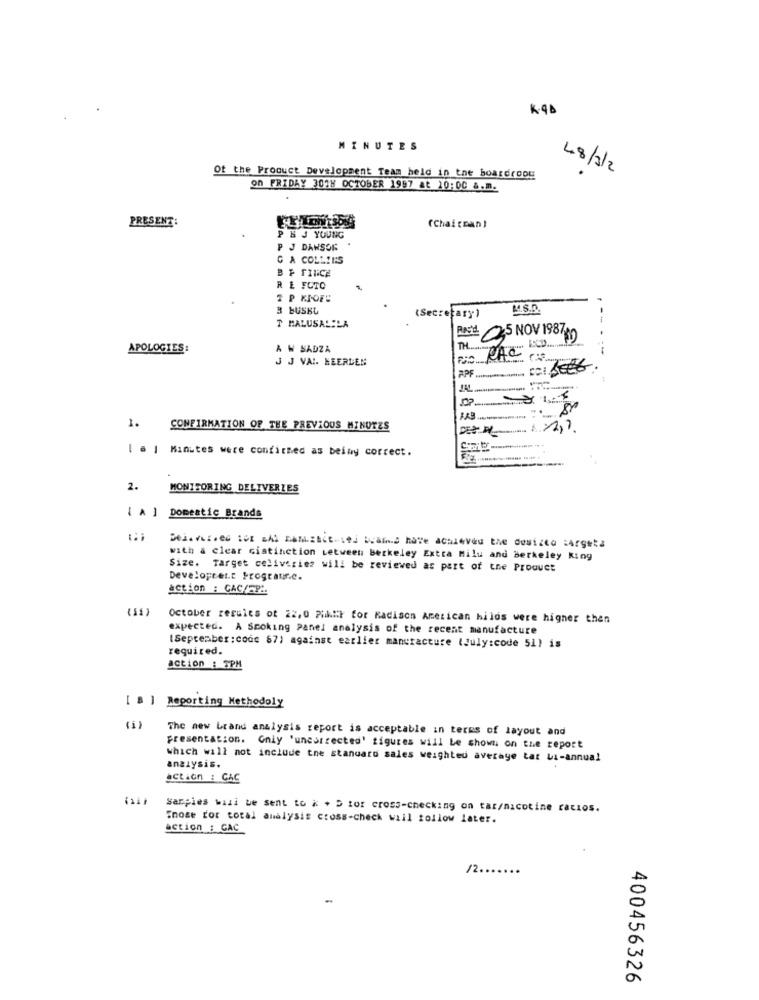
K. 4D
MINUTES
48/1/2
Of the Product Development Team held in the boardroog
on FRIDAY 30TH OCTOBER 1997 at 20:00 &.m.
PRESENT:
(Chairman)
PN J YOUNG
P J DANSOR
G A COLLINS
BF FINCA
R E FUTO
3 BUSKL
(Secretary)
T MALUSALILA
C25 NOV 1987
RACE
APOLOGIES:
A W SADZA
TH
J J VAI HEERLEN
APF
1.
CONFIRMATION OF THE PREVIOUS MINUTES
| a | Minutes were confirmed as beimy correct.
2.
MONITORING DELIVERIES
[ A ] Domestic Brands
with a clear cistinction Letween berkeley Extra Milu and berkeley King
Size. Target celiveries will be reviewed as part of the Product
Developrett Programr.c.
action : CAC/EP ..
(11)
October rerules of 22,0 Piikit for Radison American hilos were higher than
expected. A Smoking Panel analysis of the recent manufacture
required.
(Sepreaber : code 67) against earlier manufacture (July:code 51) is
action : 3PM
[ B ] Reporting Methodoly
(1)
The new brand analysis report is acceptable in terms of layout and
presentation. Gniy 'uncorrected' figures will be shown on the report
which will not include the standard sales weighted average tat ua-annual
analysis.
action : GAC
Gail
Samples wazi be sent to i + D tor cross-checking on tar/nicotine cacios.
"nose ror total analysis cross-check will follow later.
action : GAC
/2 .......
400456326